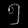
Digit: ၅